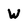
Character: W